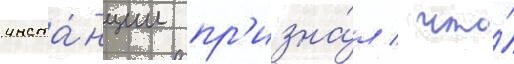
инста́нции пр'изна́л / что́